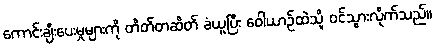
ကောင်းချီးပေးမှုများကို တိတ်တဆိတ် ခံယူပြီး ဝေါယာဉ်ထဲသို့ ဝင်သွားလိုက်သည်။